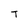
Character: T